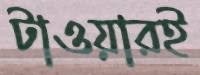
টাওয়ারই